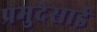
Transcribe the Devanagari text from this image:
प्रमुदेसाई